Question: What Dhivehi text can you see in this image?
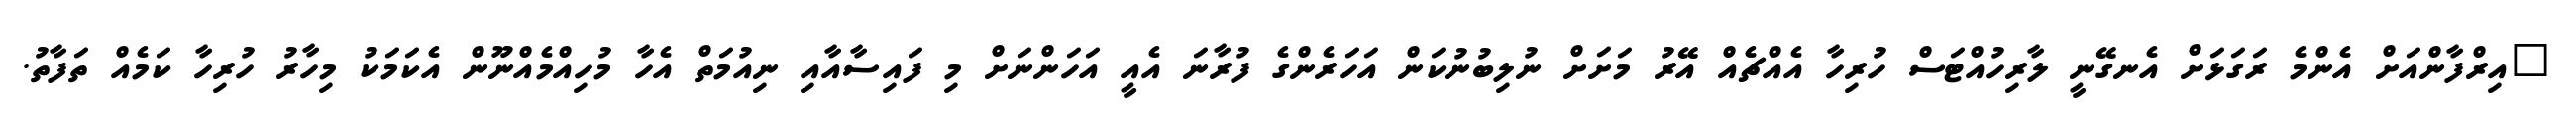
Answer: "އިރްފާންއަށް އެންމެ ރަގަޅަށް އެނގޭނީ ލާރިހުއްޓަސް ހުރިހާ އެއްޗެއް އޭރު މަށަށް ނުލިބުނުކަން އަހަރެންގެ ފުރާނަ އެއީ އަހަންނަށް މި ފައިސާއާއި ނިއުމަތް އެހާ މުހިއްމެއްނޫން އެކަމަކު މިހާރު ހުރިހާ ކަމެއް ތަފާތު.